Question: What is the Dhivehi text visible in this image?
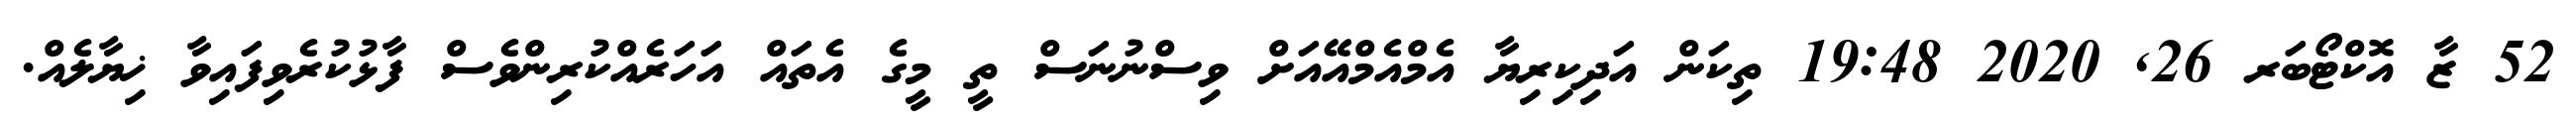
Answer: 52 ޒާ އޮކްޓޯބަރ 26, 2020 19:48 ތިކަން އަދިކިރިޔާ އެމްއެމްއޭއަށް ވިސްނުނަސް ތީ މީގެ އެތައް އަހަރެއްކުރިންވެސް ފާޅުކުރެވިފައިވާ ޚިޔާލެއް.